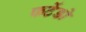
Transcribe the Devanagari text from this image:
फर्टेडो